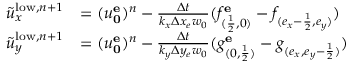
\begin{array} { r l } { \tilde { u } _ { x } ^ { \mathrm { l o w } , n + 1 } } & { = ( u _ { \mathbf { 0 } } ^ { \mathbf { e } } ) ^ { n } - \frac { \Delta t } { k _ { x } \Delta x _ { e } w _ { 0 } } ( f _ { ( \frac { 1 } { 2 } , 0 ) } ^ { \mathbf { e } } - f _ { ( e _ { x } - \frac { 1 } { 2 } , e _ { y } ) } ) } \\ { \tilde { u } _ { y } ^ { \mathrm { l o w } , n + 1 } } & { = ( u _ { \mathbf { 0 } } ^ { \mathbf { e } } ) ^ { n } - \frac { \Delta t } { k _ { y } \Delta y _ { e } w _ { 0 } } ( g _ { ( 0 , \frac { 1 } { 2 } ) } ^ { \mathbf { e } } - g _ { ( e _ { x } , { e _ { y } - \frac { 1 } { 2 } } ) } ) } \end{array}